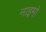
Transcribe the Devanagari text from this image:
नाइमो